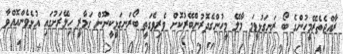
ރާއްޖެތެރޭމީހުންގެ ބޯ ރަނގަޅުވީމަ މާލޭ މީހުންގެދޮރުންބޭރުކޮށް ވެރިވެގަތީ ބޯރަނގަޅީކީނޫން ގަމާރީ ހިލޭރަށުގައި އުޅެވެންއޮއްވާ